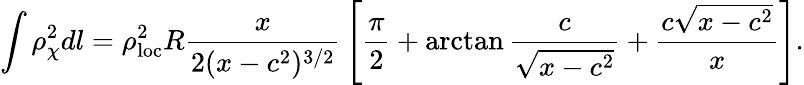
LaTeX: \int\rho_{\chi}^{2}dl=\rho_{\mathrm{loc}}^{2}R\frac{x}{2(x-c^{2})^{3/2}}\, \left[\frac{\pi}{2}+\arctan\frac{c}{\sqrt{x-c^{2}}}+\frac{c\sqrt{x-c^{2}}}{x}\right].